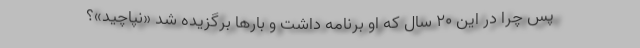
پس چرا در این 20 سال که او برنامه داشت و بارها برگزیده شد «نپاچید»؟